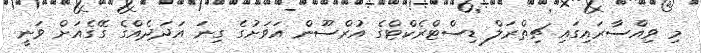
މި ވިއްސާރައިގައި ޗިތްރަލް ޑިސްޓްރެކްޓްގެ އުރްސޫން އަވަށުގެ ގިނަ އަދަދެއްގެ ގޭގެއަށް ވަނީ